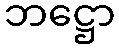
ဘဋ္ဌော